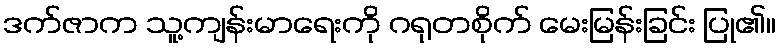
ဒက်ဇာက သူ့ကျန်းမာရေးကို ဂရုတစိုက် မေးမြန်းခြင်း ပြု၏။